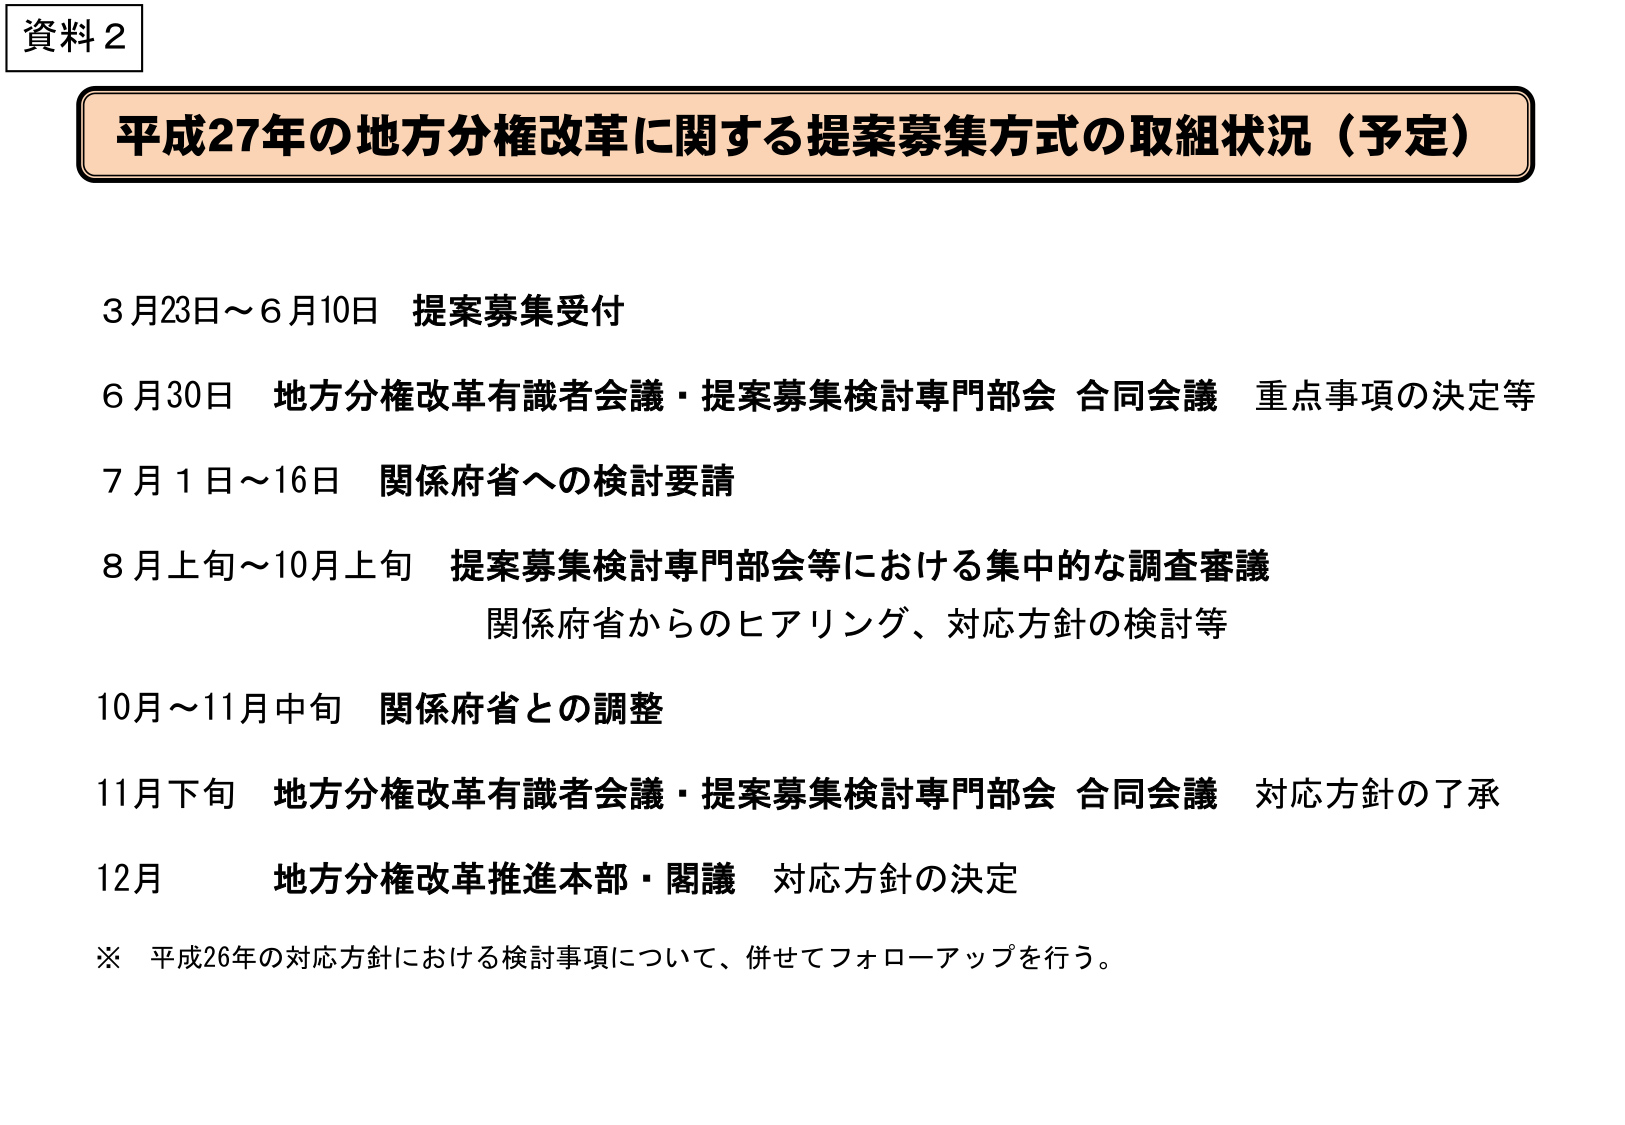
資料2

平成27年の地方分権改革に関する提案募集方式の取組状況（予定）

3月23日～6月10日 提案募集受付

6月30日 地方分権改革有識者会議・提案募集検討専門部会 合同会議 重点事項の決定等

7月1日～16日 関係府省への検討要請

8月上旬～10月上旬 提案募集検討専門部会等における集中的な調査審議
関係府省からのヒアリング、対応方針の検討等

10月～11月中旬 関係府省との調整

11月下旬 地方分権改革有識者会議・提案募集検討専門部会 合同会議 対応方針の了承

12月 地方分権改革推進本部・閣議 対応方針の決定

※ 平成26年の対応方針における検討事項について、併せてフォローアップを行う。